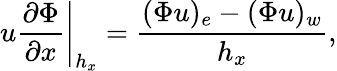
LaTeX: \left.u\frac{\partial\Phi}{\partial x}\right|_{h_{x}}=\frac{(\Phi u)_{e}-(\Phi u)_{w}}{h_{x}},